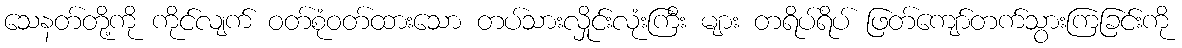
သေနတ်တို့ကို ကိုင်လျက် ဝတ်စုံဝတ်ထားသော တပ်သားလှိုင်းလုံးကြီး များ တရိပ်ရိပ် ဖြတ်ကျော်တက်သွားကြခြင်းကို